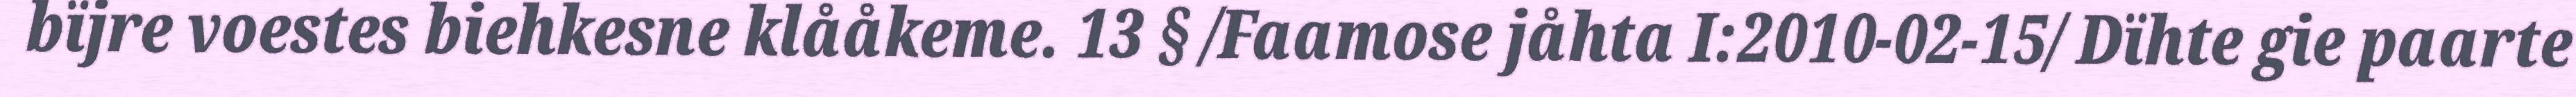
bïjre voestes biehkesne klååkeme. 13 § /Faamose jåhta I:2010-02-15/ Dïhte gie paarte